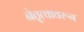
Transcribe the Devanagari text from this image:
नेतृत्वावरून